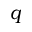
q